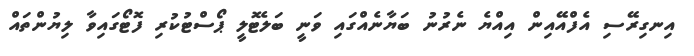
އިނގިރޭސި އެފްއޭއިން އިއްޔެ ނެރުނު ބަޔާނެއްގައި ވަނީ ބަލެޓޮލީ ޕޯސްޓުކުރި ފޮޓޯގައިވާ ލިޔުންތައް